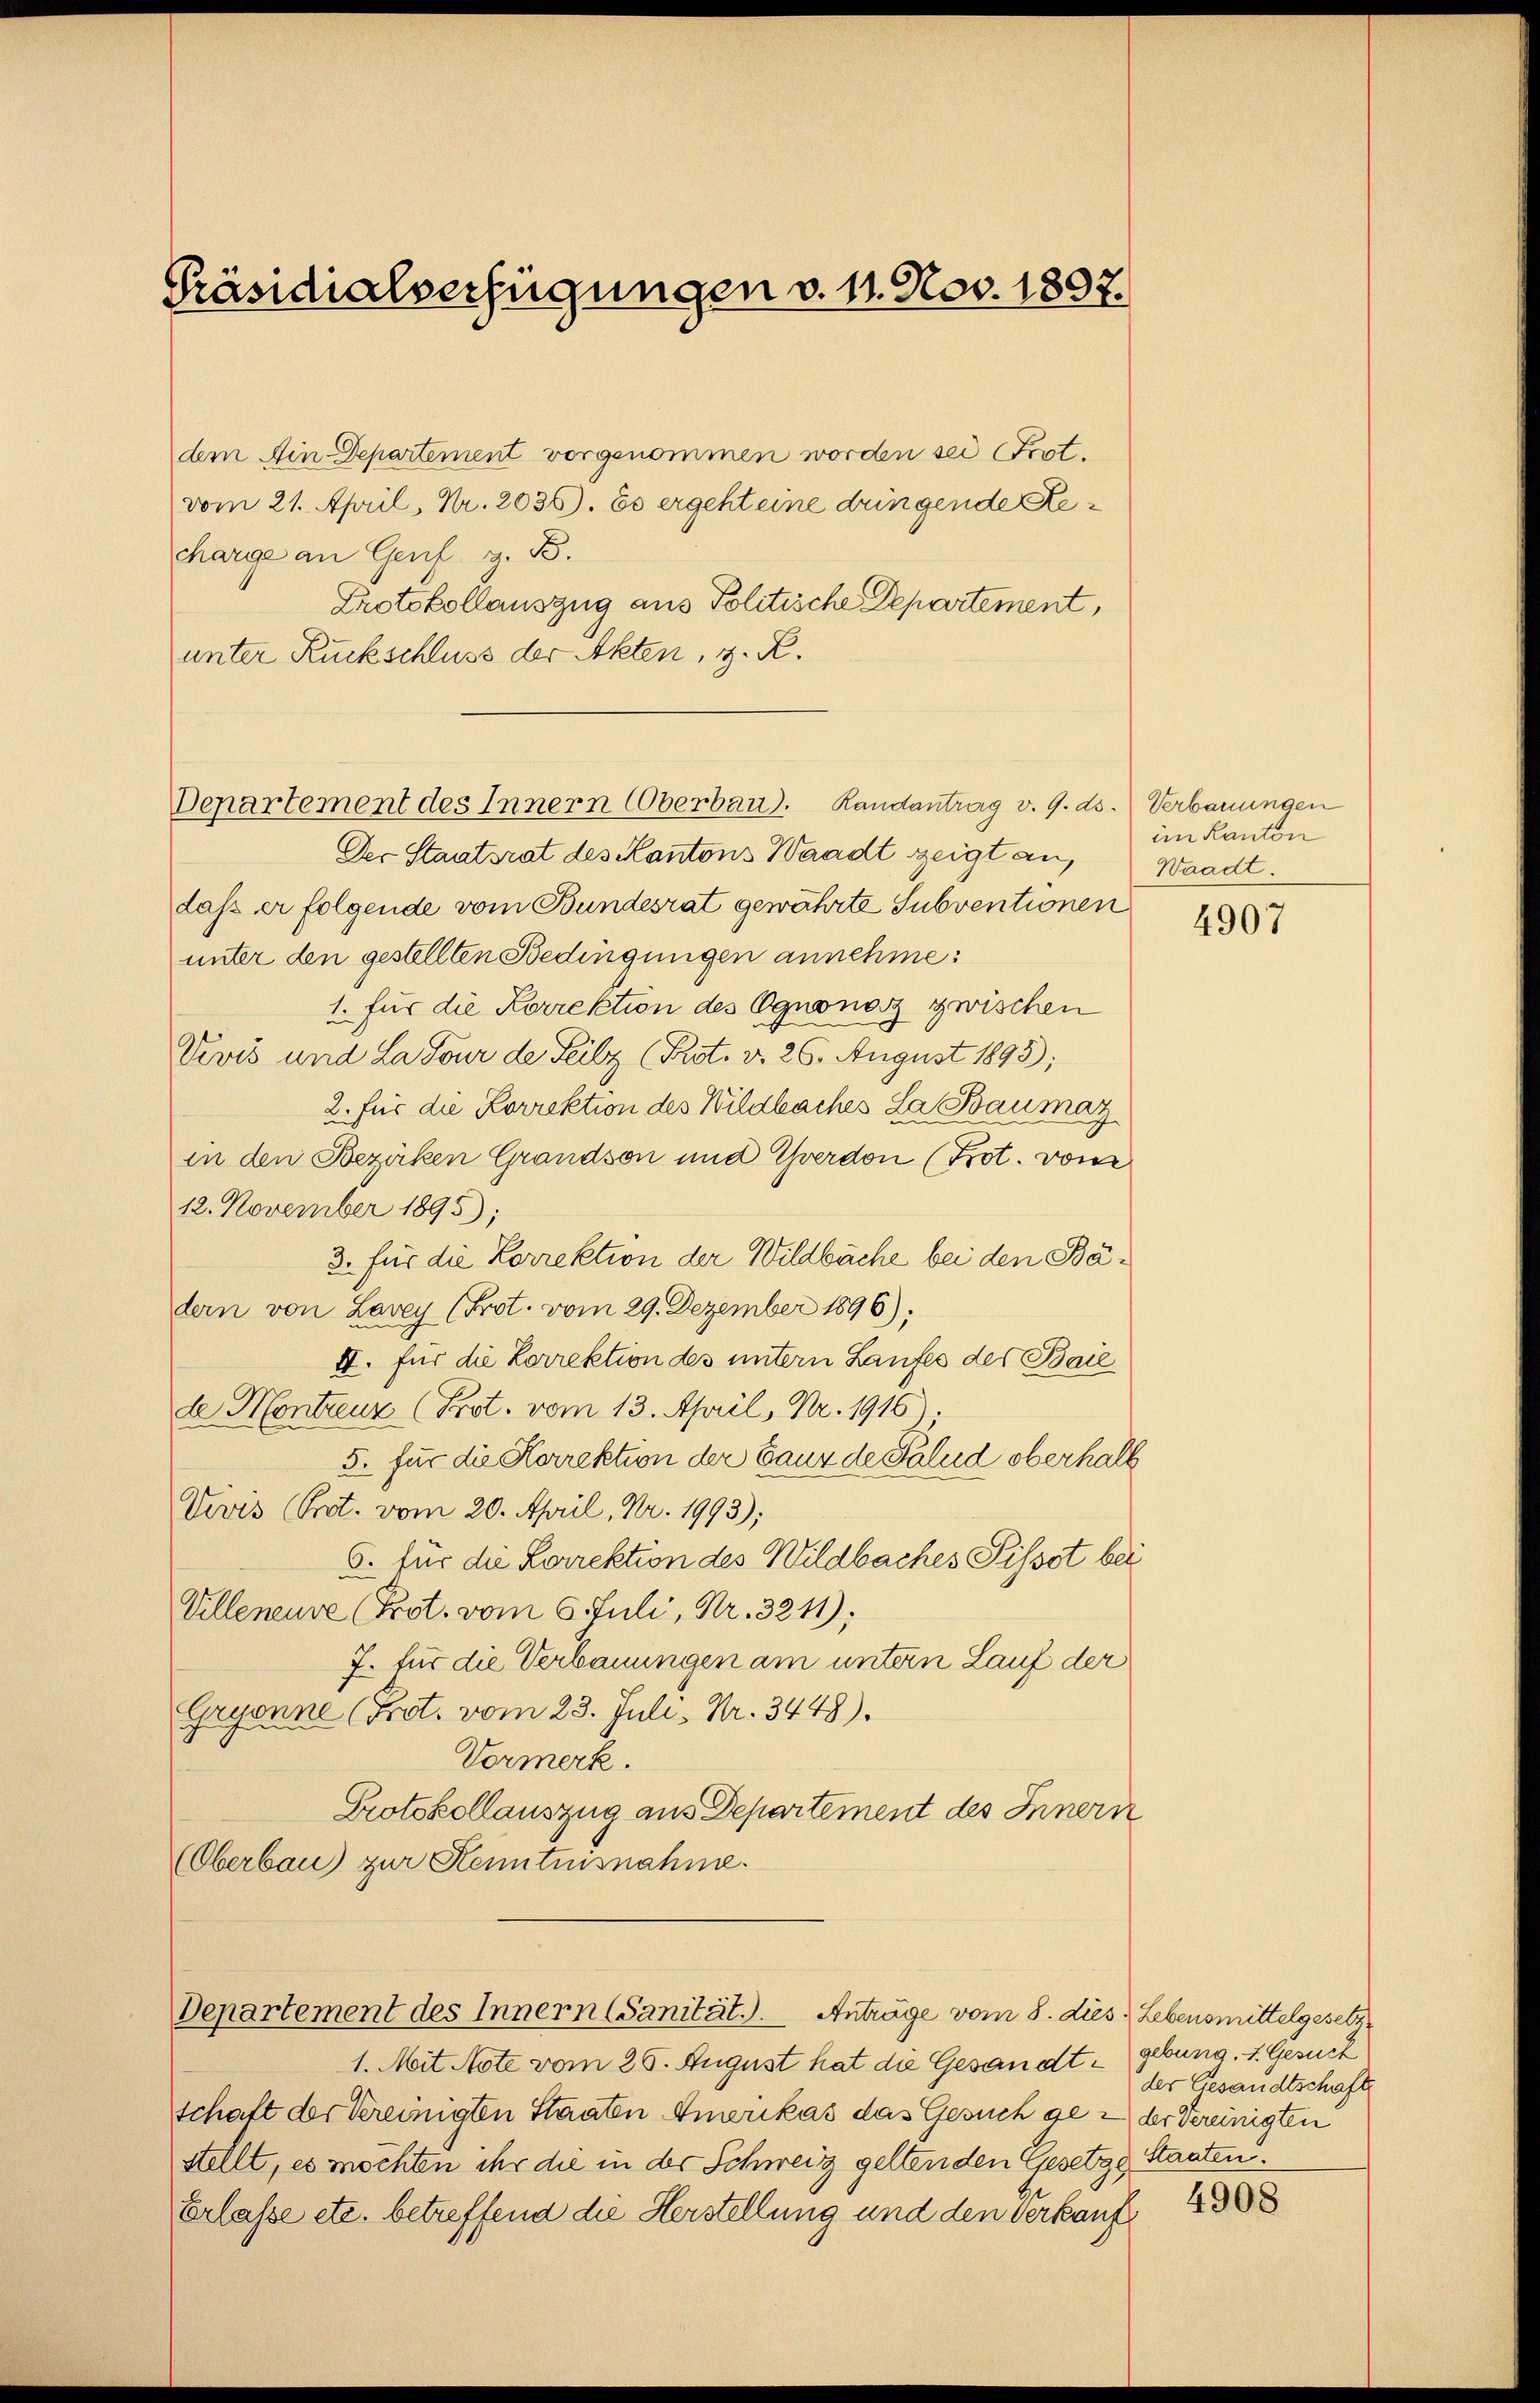
Präsidialverfügungen v. 11. Nov. 1897.

dem Ain Departement vorgenommen worden sei Prot.
vom 21. April, Nr. 2036). Es ergeht eine dringende Recharge an Genf z. B.
Protokollauszug aus Politische Departement,
unter Ruckschluss der Akten, z. R.

Der Staatsrat des Kantons Waadt zeigt an,
daß er folgende vom Bundesrat gewährte Subventionen
unter den gestellten Bedingungen annehme:
1. für die Korrektion des Ognonoz zwischen
Vivis und La dour der Feilz (Prot. v. 26. August 1895);
2. für die Korrektion des Wildbaches La Baumaz
in den Bezirken Grandson und Yverdon (Prot. vom
12. November 1895);
3. für die Korrektion der Wildbäche bei den Bädern von Lavey (Prot. vom 29. Dezember 1896);
II. für die Korrektion des untern Laufes des Baie
de Montreuz (Prot. vom 13. April, Nr. 1916)
5. für die Herrektion der Bauz de Salud oberhalb
Vevis (Prot. vom 20. April, Nr. 1993);
5. für die Lorrektion des Wildbaches Pissot bei
Villeneuve (Prot. vom 6. Juli, Nr. 3211);
7. für die Verbauungen am untern Lauf der
Gryonne (Prot. vom 23. Juli, Nr. 3448).
Vormerk.
Protokollauszug aus Departement des Innern
(Oberbau) zur Kenntnisnahme.

Departement des Innern Oberbau. Randantrag v. 9. ds. Verbauungen

Departement des Innern (Sanität.). Anträge vom 8. dies Lebensmittelgesetz¬

im Kanton
Waadt.

1. Mit Note vom 26. August hat die Gesandtschaft der Vereinigten Staaten Amerikas das Gesuch gen der Vereinigten
stellt, es möchten ihr die in der Schweiz geltenden Gesetzg Staaten.
Erlasse etc. betreffend die Herstellung und den Verkauf

4907

gebung, 1. Gesuch
der Gesandtschaft

4908